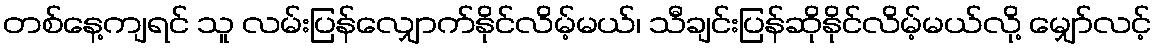
တစ်နေ့ကျရင် သူ လမ်းပြန်လျှောက်နိုင်လိမ့်မယ်၊ သီချင်းပြန်ဆိုနိုင်လိမ့်မယ်လို့ မျှော်လင့်